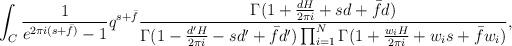
LaTeX: \begin{align*}\int_C \frac{1}{e^{2\pi i (s+\bar{f})}-1}q^{s+\bar{f}}\frac{\Gamma (1+\frac{dH}{2\pi i}+sd+\bar{f}d)}{\Gamma (1-\frac {d^\prime H}{2\pi i}-sd^\prime+\bar{f}d^\prime)\prod_{i=1}^N\Gamma(1+\frac{w_i H}{2\pi i} +w_is+\bar{f}w_i)},\end{align*}